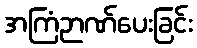
အကြံဉာဏ်ပေးခြင်း